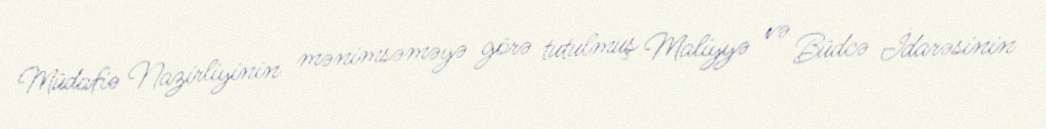
Müdafiə Nazirliyinin mənimsəməyə görə tutulmuş Maliyyə və Büdcə İdarəsinin